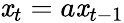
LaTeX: \mathit{x}_{t}=a\mathit{x}_{t-1}